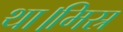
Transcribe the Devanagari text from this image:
था।मिस्र